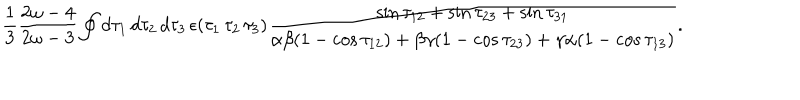
\frac { 1 } { 3 } \frac { 2 \omega - 4 } { 2 \omega - 3 } \oint d \tau _ { 1 } \, d \tau _ { 2 } \, d \tau _ { 3 } \, \epsilon ( \tau _ { 1 } \, \tau _ { 2 } \, \tau _ { 3 } ) \frac { \sin \tau _ { 1 2 } + \sin \tau _ { 2 3 } + \sin \tau _ { 3 1 } } { \alpha \beta ( 1 - \cos \tau _ { 1 2 } ) + \beta \gamma ( 1 - \cos \tau _ { 2 3 } ) + \gamma \alpha ( 1 - \cos \tau _ { 1 3 } ) } .